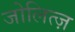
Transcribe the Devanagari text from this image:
जोलित्ज़